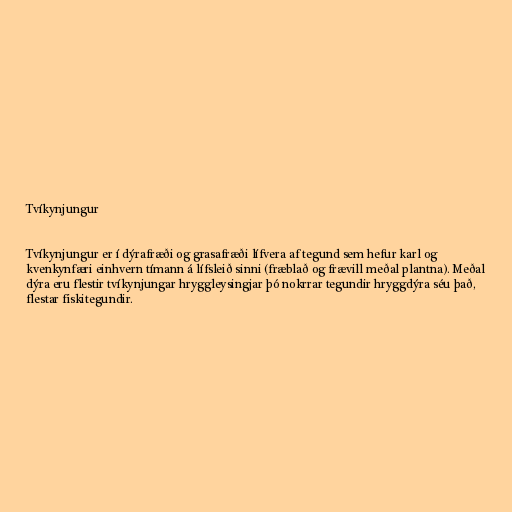
Tvíkynjungur

Tvíkynjungur er í dýrafræði og grasafræði lífvera af tegund sem hefur karl og
kvenkynfæri einhvern tímann á lífsleið sinni (fræblað og frævill meðal plantna). Meðal
dýra eru flestir tvíkynjungar hryggleysingjar þó nokrrar tegundir hryggdýra séu það,
flestar fiskitegundir.